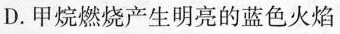
D.甲烷燃烧产生明亮的蓝色火焰